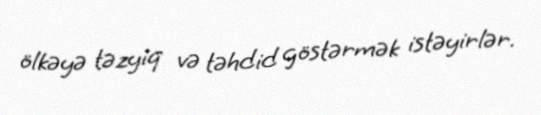
ölkəyə təzyiq və təhdid göstərmək istəyirlər.